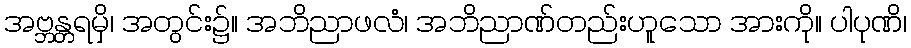
အဗ္ဘန္တရမှိ၊ အတွင်း၌။ အဘိညာဖလံ၊ အဘိညာဏ်တည်းဟူသော အားကို။ ပါပုဏိ၊